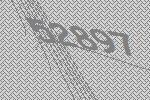
52897